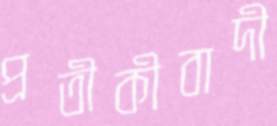
প্রতীকীবাদী